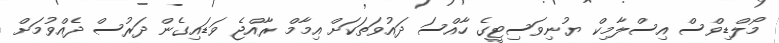
މޯލްޑިވްސް އިސްލާމިކް ޔުނިވަސިޓީގެ ހާއްސަ ދައުވަތަކަށް އިމާމް ރާއްޖެ ވަޑައިގެން ދަރުސް ދެއްވުމަށް